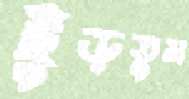
ছুঁড়তুম